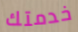
خدمتك